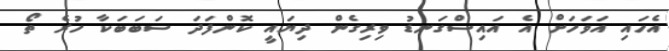
އެހައި އަވަހަށް އެ އައިސްގަނޑު ވިރިގެން ދިޔައީ ކޮންފަދަ ސަބަބަކާ ހުރެ ތޯ